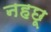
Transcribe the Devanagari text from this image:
नहछू